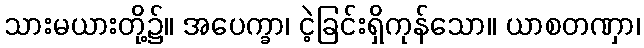
သားမယားတို့၌။ အပေက္ခာ၊ ငဲ့ခြင်းရှိကုန်သော။ ယာစတဏှာ၊